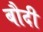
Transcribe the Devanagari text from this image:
बौदी